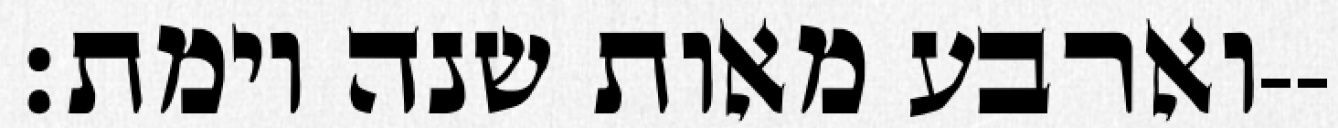
וארבע מאות שנה וימת׃--